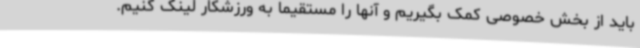
باید از بخش خصوصی کمک بگیریم و آنها را مستقیما به ورزشکار لینک کنیم.